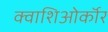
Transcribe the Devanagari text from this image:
क्वाशिओर्कॉर